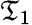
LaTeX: \mathfrak{T}_{1}